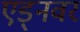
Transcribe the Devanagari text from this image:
एड्नवर